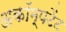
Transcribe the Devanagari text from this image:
अकॉम्पटेंट